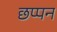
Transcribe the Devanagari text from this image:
छप्‍पन